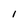
Character: l